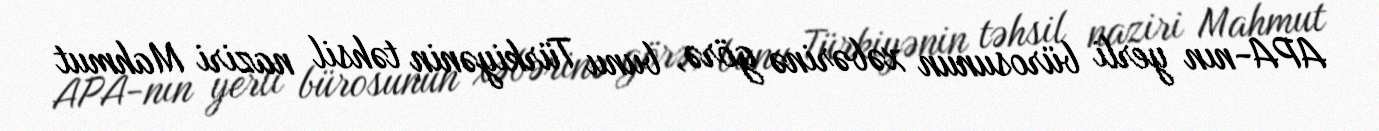
APA-nın yerli bürosunun xəbərinə görə, bunu Türkiyənin təhsil naziri Mahmut